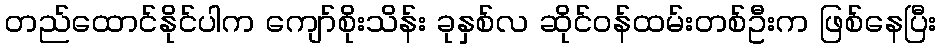
တည်ထောင်နိုင်ပါက ကျော်စိုးသိန်း ခုနှစ်လ ဆိုင်ဝန်ထမ်းတစ်ဦးက ဖြစ်နေပြီး